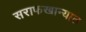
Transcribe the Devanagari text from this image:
सराफखान्यात